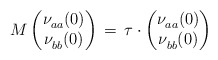
\begin{align*} M \begin{pmatrix} \nu^{}_{aa} (0) \\ \nu^{}_{bb} (0) \end{pmatrix} \, = \, \tau \cdot \begin{pmatrix} \nu^{}_{aa} (0) \\ \nu^{}_{bb} (0) \end{pmatrix} \end{align*}